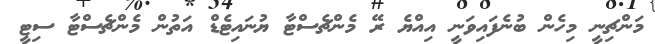
މަންޗިނީ މިހެން ބުނެފައިވަނީ އިއްޔެ ރޭ މެންޗެސްޓާ ޔުނައިޓެޑް އަތުން މެންޗެސްޓާ ސިޓީ